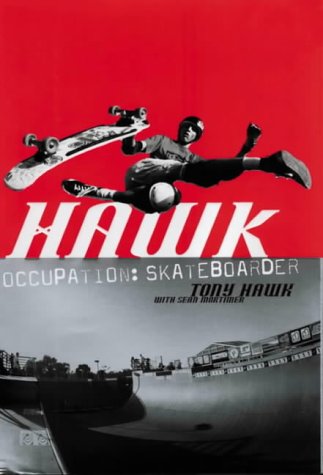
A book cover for Hawk: Occupation Skateboarder; Tony Hawk; Sports & Outdoors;